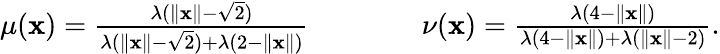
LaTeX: \begin{array}{r}{\mu(\mathbf{x})=\frac{\lambda(\lVert\mathbf{x}\rVert-\sqrt{2})}{\lambda(\lVert\mathbf{x}\rVert-\sqrt{2})+\lambda(2-\lVert\mathbf{x}\rVert)}}\end{array}\qquad\qquad\begin{array}{r}{\nu(\mathbf{x})=\frac{\lambda(4-\lVert\mathbf{x}\rVert)}{\lambda(4-\lVert\mathbf{x}\rVert)+\lambda(\lVert\mathbf{x}\rVert-2)}.}\end{array}